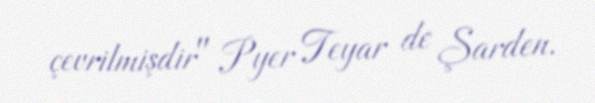
çevrilmişdir" Pyer Teyar de Şarden.